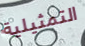
التمثيلية